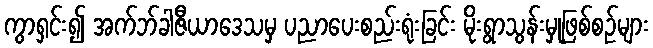
ကွာရှင်း၍ အက်ဘ်ခါဇီယာဒေသမှ ပညာပေးစည်းရုံးခြင်း မိုးရွာသွန်းမှုဖြစ်စဉ်များ